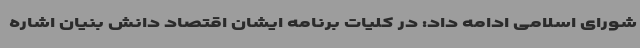
شورای اسلامی ادامه داد: در کلیات برنامه ایشان اقتصاد دانش بنیان اشاره